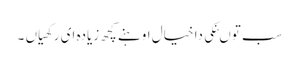
سب توںنکی دا خیال اوہنے کچھ زیادہ ای رکھیاں ۔